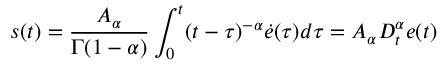
s ( t ) = \frac { A _ { \alpha } } { \Gamma ( 1 - \alpha ) } \int _ { 0 } ^ { t } ( t - \tau ) ^ { - \alpha } \dot { e } ( \tau ) d \tau = A _ { \alpha } D _ { t } ^ { \alpha } e ( t )